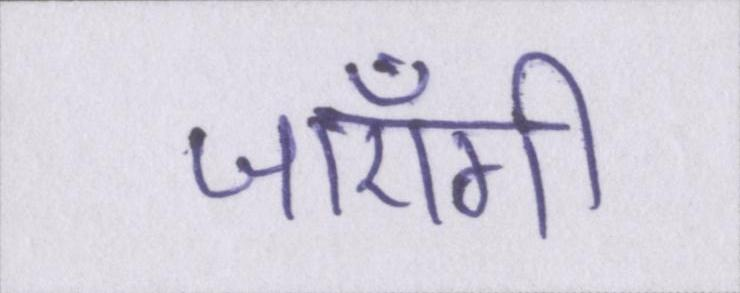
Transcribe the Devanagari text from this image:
जाएँगी